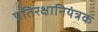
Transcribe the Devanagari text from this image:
प्रतिरक्षानियंत्रक